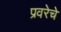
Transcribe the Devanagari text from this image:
प्रवरेचे